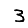
Digit: 3